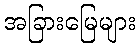
အခြားမြေများ